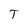
Character: T